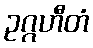
ဥဂ္ဂဟီတံ